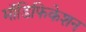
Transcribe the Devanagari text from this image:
मॉडिफिकेशन